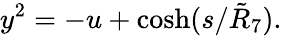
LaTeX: y^{2}=-u+\cosh(s/\tilde{R}_{7}).